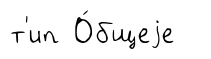
т'ип О́бщеjе